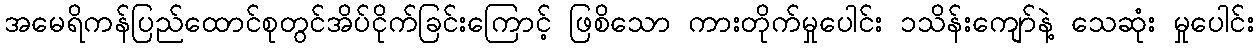
အမေရိကန်ပြည်ထောင်စုတွင်အိပ်ငိုက်ခြင်းကြောင့် ဖြစိသော ကားတိုက်မှုပေါင်း ၁သိန်းကျော်နဲ့ သေဆုံး မှုပေါင်း